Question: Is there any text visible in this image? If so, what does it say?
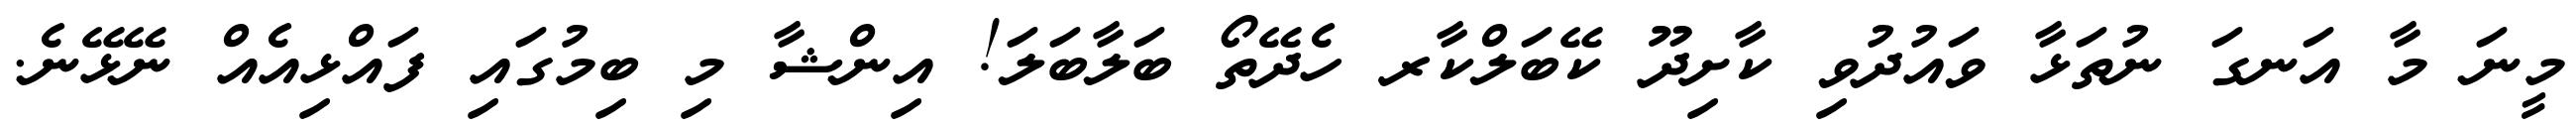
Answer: މީނަ މާ އަނގަ ނުތަޅާ ވައުދުވި ކާށިދޫ ކޭބަލްކާރ ހެދޭތޯ ބަލާބަލަ! އިންޝާ މި ބިމުގައި ފައްޅިއެއް ނޭޅޭނެ.